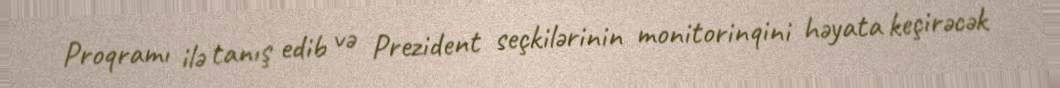
Proqramı ilə tanış edib və Prezident seçkilərinin monitorinqini həyata keçirəcək